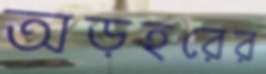
অড়হরের